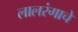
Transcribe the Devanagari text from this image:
लालरंगाचे